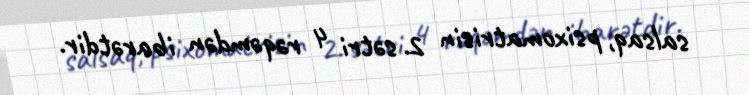
salsaq, psixomatrisin 2. sətri 4 rəqəmdən ibarətdir.